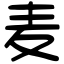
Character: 麦